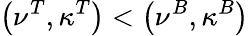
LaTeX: \left(\nu^{T},\kappa^{T}\right)<\left(\nu^{B},\kappa^{B}\right)